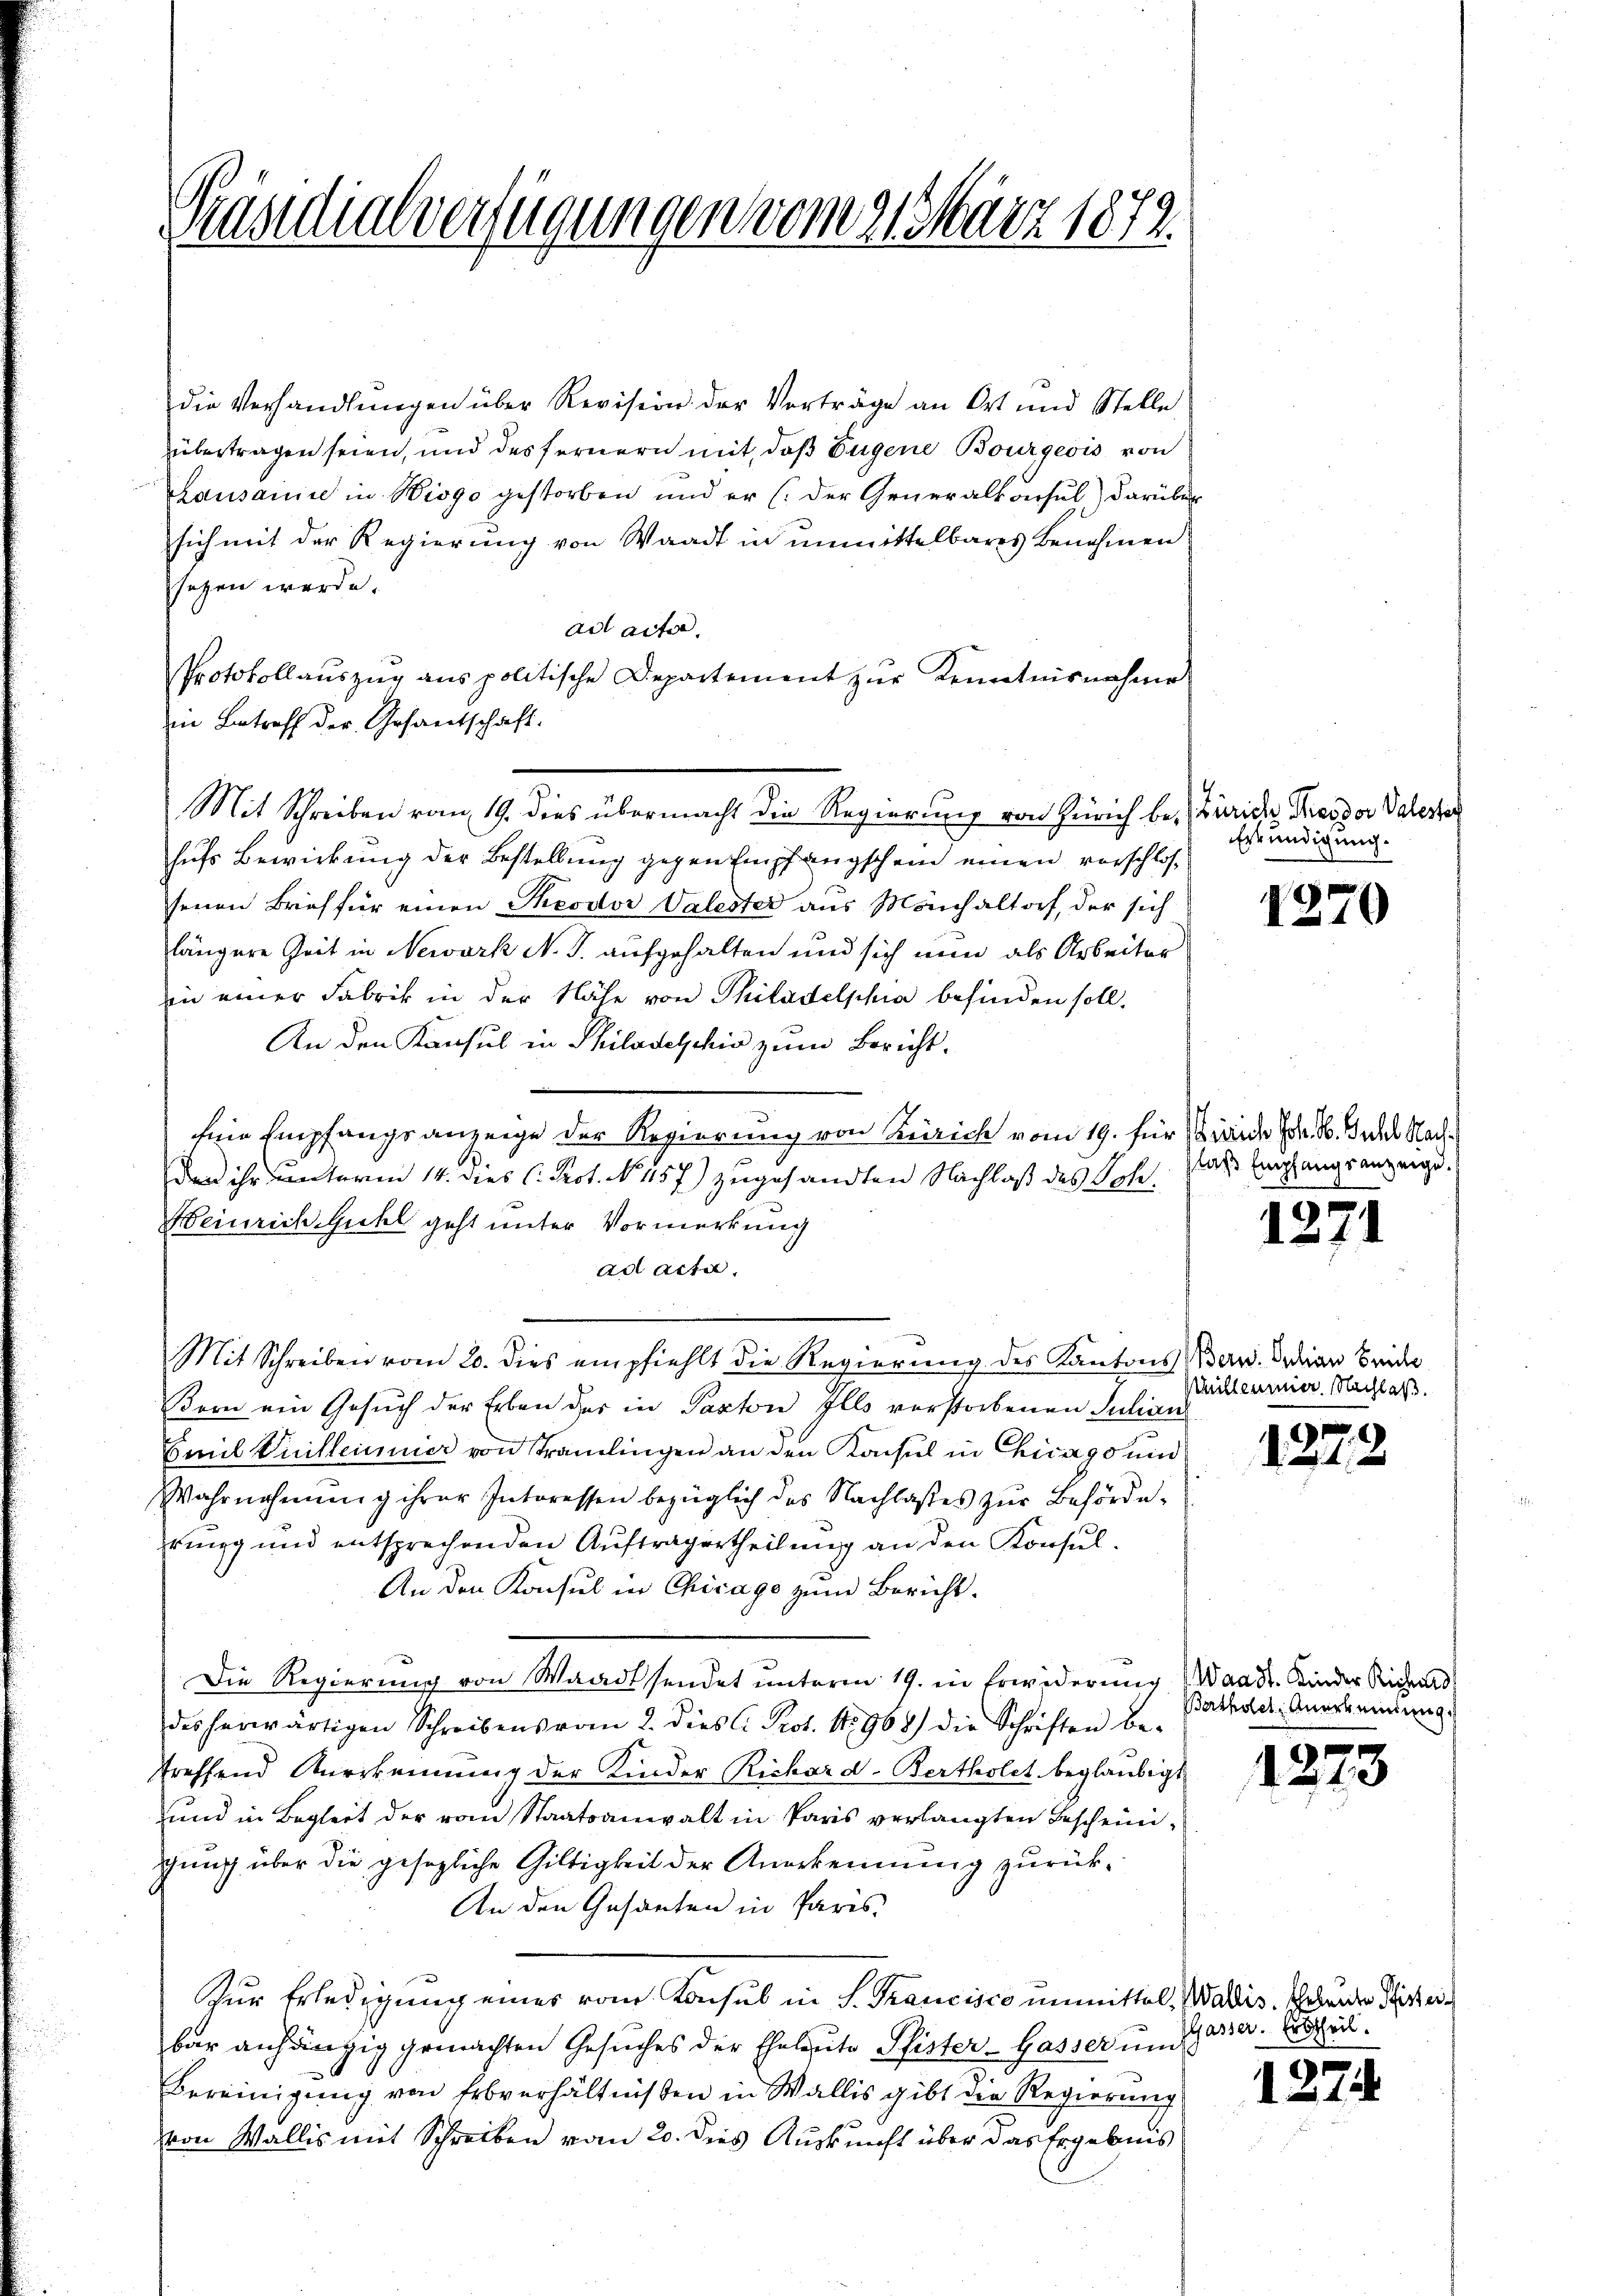
Präsidialverfügungen vom 21 März 1872.

die Verhandlŭngen über Revision der Verträge an Ort und Stelle
übestragen seien, und des fernern mit, daß Eugene Bourgeois von
Kausanne in Biogo gestorben und er (der Generalkonsul darüber
sich mit der Regierung von Waadt in unmittelbares Benehmen
sezen werde.
ad acta.
Protokollauszug aus politische Departement zur Kenntnisnahme
in Betreff der Gesantschaft.
Mit Schreiben vom 19. dies übermacht die Regierung von Zürich be- Zürich Kressor Valester
hufs Bewirkung der Bestellung gegen Empfangschein einen vorschlossenen Brief für einen Theodor Valester aus Mönchaltorf, der sich
längere Zeit in Newark N. S. aufgehalten und sich nun als Arbeiter
in einer Fabrik in der Nähe von Thiladelphia befinden soll.
An den Konsul in Philadelschir zum Bericht.
fene Empfangsanzeige der Regierung von Zürich vom 19. für beide Fr. 1. Jedes Nachdan ihr unterm 14. dies C. Prot. No. 1157) zugesandten Nachlaß des Joh.
Beinrich Guhl geht unter Vormerkung
ad Acta.
Mit Schreiben vom 20. dies empfiehlt die Regierung des Kantons Bern. Ordian Brider
Bern ein Gesuch der Erben der in Paston Ills verstorbenen Julian
Emil Vuilleiner von Tramlingen an den Konsul in Chicago und
Wahrnahmŭng ihrer Interessen bezüglich das Nachlasses zŭr Behörde-
rung und entsprechenden Auftragertheilung an den Konsul¬
An den Konsul in Chicago zum Bericht
Die Regierung von Waadt sendet unterm 19. in Erwiderung (Waadt. Kinder Sichend
des herwärtigen Schreibens vom 2. dies C. Prot. 15968) die Schriften be-
treffend Anerkennung der Kinder Richard-Bertholet beglaubigt
und in Begleit der vom Staatsanwalt in Paris verlangten Bescheinigung über die gesezliche Gültigkeit der Anerkennung zurück¬
An den Gesanten in Paris,
Zur Erledigung eines vom Konsul in S. Trancisco unmittel, Waldis. Gebiete Stift ei
bar anhängig gemachten Gesuches der Eheleute Pfister-Gasser und
Bereinigung von Erbverhältnissen in Wallis gibt die Regierung
von Wallis mit Schreiben vom 20. dies Auskunft über das Ergebnis

Erkundigung.

laß Empfangsanzeige.

1270

127.

Millener Nachlaß.

187.

Bertholet. Anerkennung.)

.

Gasser. Erbtheil.

12

174.

3